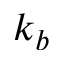
k _ { b }